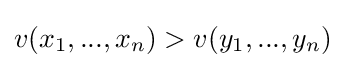
v(x_{1},...,x_{n})>v(y_{1},...,y_{n})